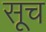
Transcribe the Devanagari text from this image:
सूच